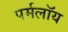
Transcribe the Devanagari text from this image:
पर्मलॉय